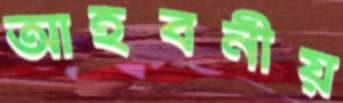
আহবনীয়